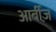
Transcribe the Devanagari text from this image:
आर्बीज़